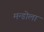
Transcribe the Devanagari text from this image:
मन्डोला